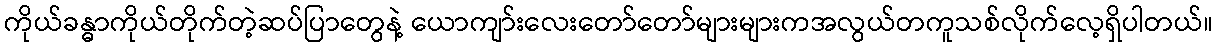
ကိုယ်ခန္ဓာကိုယ်တိုက်တဲ့ဆပ်ပြာတွေနဲ့ ယောကျာ်းလေးတော်တော်များများကအလွယ်တကူသစ်လိုက်လေ့ရှိပါတယ်။